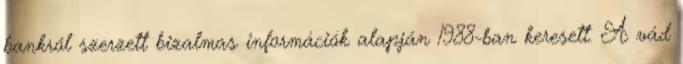
bankról szerzett bizalmas információk alapján 1988-ban keresett. A vád